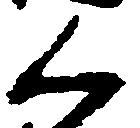
く